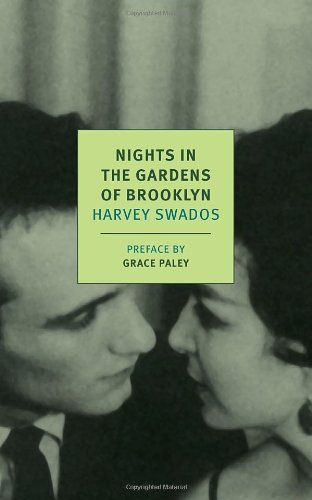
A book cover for Nights in the Gardens of Brooklyn (New York Review Books Classics); Harvey Swados; Literature & Fiction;